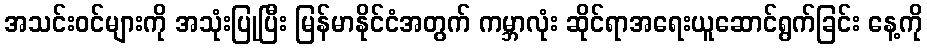
အသင်းဝင်များကို အသုံးပြုပြီး မြန်မာနိုင်ငံအတွက် ကမ္ဘာလုံး ဆိုင်ရာအရေးယူဆောင်ရွက်ခြင်း နေ့ကို